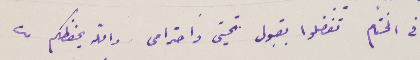
وفى الختام تفضلوا بقبول تحيتى واحترامى والله يحفظكم من